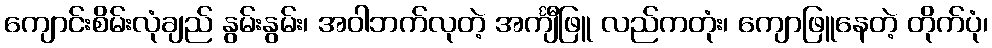
ကျောင်းစိမ်းလုံချည် နွမ်းနွမ်း၊ အဝါဘက်လုတဲ့ အင်္ကျီဖြူ လည်ကတုံး၊ ကျောဖြူနေတဲ့ တိုက်ပုံ၊